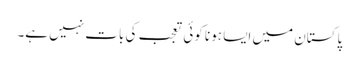
پاکستان میں ایسا ہونا کوئی تعجب کی بات نہیں ہے۔